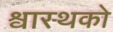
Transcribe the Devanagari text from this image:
श्वास्थको